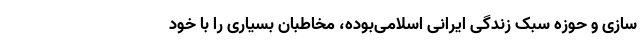
سازی و حوزه سبک زندگی ایرانی اسلامی‌بوده، مخاطبان بسیاری را با خود